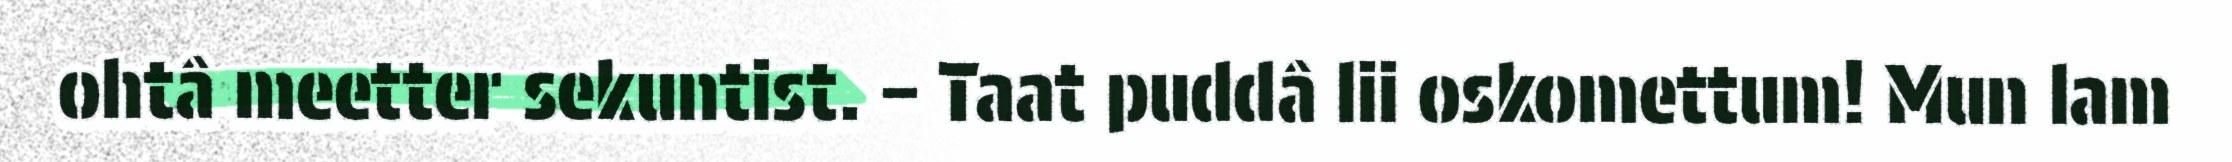
ohtâ meetter sekuntist. – Taat puddâ lii oskomettum! Mun lam